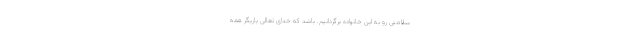
سلامتی رو به این خانواده برگردانیم. باشد که خدای تعالی یاریگر همه